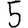
Digit: 5